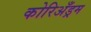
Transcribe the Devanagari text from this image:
कोरिअँड्रम